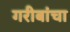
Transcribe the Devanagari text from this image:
गरीबांचा